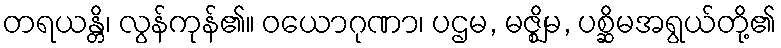
တရယန္တိ၊ လွန်ကုန်၏။ ဝယောဂုဏာ၊ ပဌမ, မဇ္ဈိမ, ပစ္ဆိမအရွယ်တို့၏